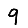
Digit: 9